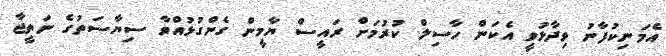
އެމަނިކުފާނު ވިދާޅުވީ އެކަން ހާސިލް ކުރުމަށް ރައީސް ޔާމީން ގެންގުޅުއްވާ ސިޔާސަތުގެ ނަތީޖާ